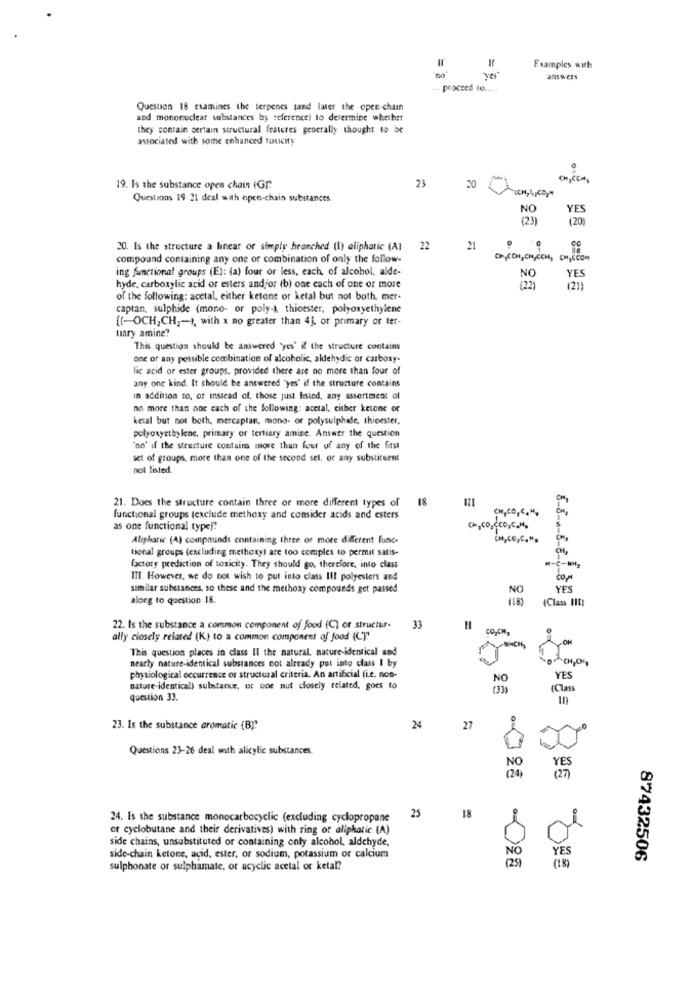
Examples with
"yes"
answers
proceed 10 ....
Question 18 examines the terpenes tand later the open-chain
and mononuclear substances by reference) to determine whether
they contain certain structural features generally thought to be
associated with some enhanced toucity
19. Is the substance open chain (Gr.
23
30
ICH, A,COM
Questions 19-21 deal with open-chain substances.
NO
YES
(2)
(20
20. Is the structure a linear or simply branched (l) aliphatic (A) 22
21
compound containing any one or combination of only the follow-
OH, CON, CH, OCH, CH, SCOM
ing functional groups (E): (a) four or less, each, of alcohol, alde-
YES
hyde, carboxylic acid or esters andfor (b) one each of one or more
(22)
(21)
of the following: acetal, either ketone or ketal but not both, mer.
captan, sulphide (mono- or poly-) thioester, polyoxyethylene
[(-OCH, CH ,- +, with x no greater than 4], or primary or ter-
tary amine?
This question should be answered 'yes' if the structure contains
one of any possible combination of alcoholic, aldehydic or carboxy-
lic acid or ester groups, provided there are no more than four of
any one kind. It should be answered 'yes' if the structure contains
In addition to. of instead of. those just Isted, any assortment of
no more than one each of the following: acetal, either ketone or
ketal but not both, mercaplan, mono- or polysulphide, thioester.
polyonyethylene, primary or tertiary amine. Answer the question
"no" if the structure contains more than four of any of the first
set of groups, more than one of the second sel, or any substituent
not listed.
18
CH
21. Does the structure contain three or more different types of
CH,CO,C.M.
functional groups texclude methoxy and consider acids and esters
as one functional type !!
Ch,co Cco,c.M.
$
Aliphatic (A) compounds containing three or more different func.
tional groups (excluding methoxyl are too complex to permit satis-
factory prediction of toxicity. They should go, therefore, into class
ITI. However, we do not wish to put into class Ilt polyesters and
similar substances, so these and the methoxy compounds get passed
NO
YES
along to question 18.
(Class III)
22. Is the substance a common component of food (C) or structur-
33
coyCH,
ally closely related (K) to a common component of Jood (C)"
OM
This question places in class Il the natural, nature-identical and
nearly nature-identical substances not already put into class I by
CHJOH
physiological occurrence or structural criteria. An artificial (Le. non-
NO
YES
nature-identical) substance, or one nut closely related, goes to
(Clas
question 33.
23. Is the substance aromatic (B):
24
27
Questions 23-26 deal with alicylic substances.
YES
(27)
18
24. Is the substance monocarbocyclic (excluding cyclopropane
25
or cyclobutane and their derivatives) with ring or aliphatic (A)
side chains, unsubstituted or containing only alcohol, aldehyde,
side-chain ketone, acid, ester, or sodium, potassium or calcium
YES
87432506
sulphonate or sulphamate, or acyclic acetal or ketal?
(18)